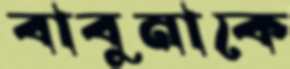
বাবুনাকে